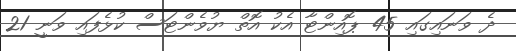
ދެ ވަނައިގައި 45 ޕޮއިންޓާ އެކު އޮތް ޔުވެންޓަސް ކުޅެފައި ވަނީ 21